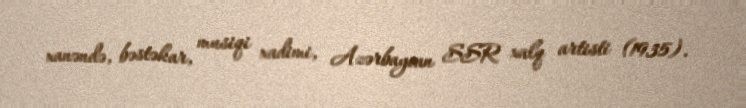
xanəndə, bəstəkar, musiqi xadimi, Azərbaycan SSR xalq artisti (1935).